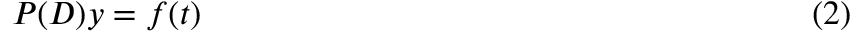
P ( D ) y = f ( t ) \qquad \qquad \qquad \qquad \qquad \qquad \qquad \qquad \qquad ( 2 )